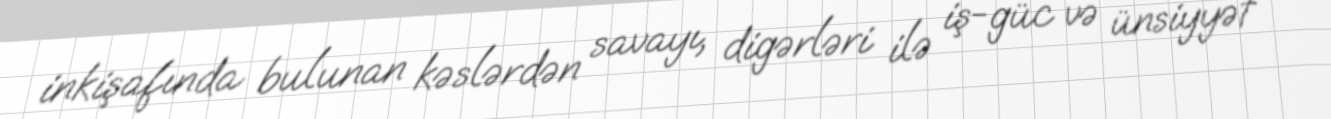
inkişafında bulunan kəslərdən savayı, digərləri ilə iş-güc və ünsiyyət